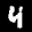
Label: 4